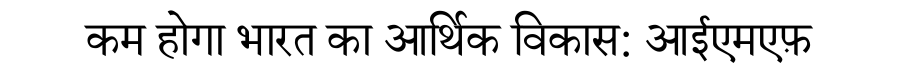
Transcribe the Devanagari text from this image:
कम होगा भारत का आर्थिक विकास: आईएमएफ़